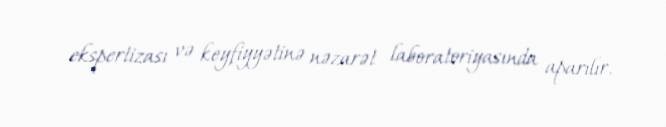
ekspertizası və keyfiyyətinə nəzarət laboratoriyasında aparılır.